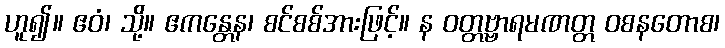
ဟူ၍။ ဧဝံ၊ သို့။ ဧကန္တေန၊ စင်စစ်အားဖြင့်။ န ဝတ္တဗ္ဗာရမဏတ္တ ဝစနတောစ၊